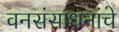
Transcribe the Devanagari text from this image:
वनसंसाधनांचे